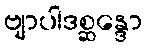
ဗျာပါဒစ္ဆန္ဒော